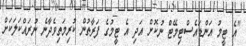
"އެ ޓީމު އަންޑައެސްޓިމޭޓް ނުކޮށް އަދި އެ ޓީމުގެ ފަރާތުން ކުރިމަތިވެދާނެ ނުރައްކަލަކަށް